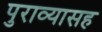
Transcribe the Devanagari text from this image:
पुराव्यासह